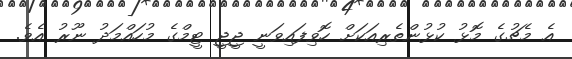
އެ މެޗުގެ މޮޅު ކުޅުންތެރިއަކަށް ހޮވިފައިވަނީ ޖީޖީ ޓީމްގެ މުހައްމަދު ނޫރު އެވެ.